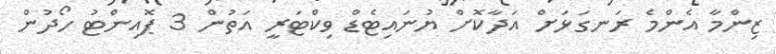
ޒިންމާ އެންމެ ރަނގަޅަށް އަދާކޮށް ޔުނައިޓެޑް ވިކްޓަރީ އަތުން 3 ޕޮއިންޓު ހޯދުން